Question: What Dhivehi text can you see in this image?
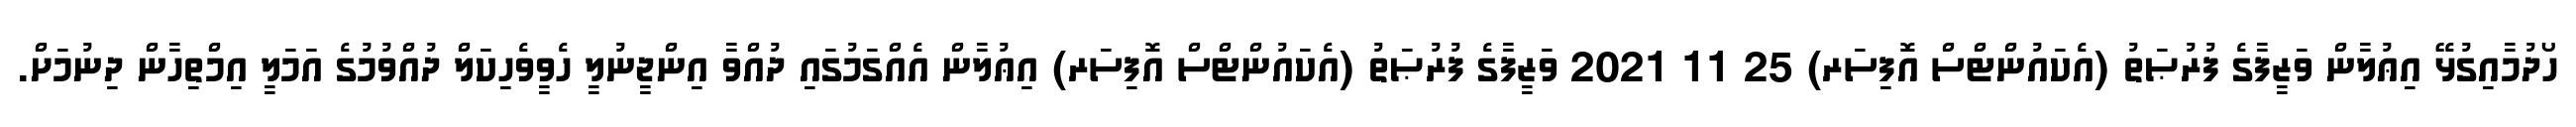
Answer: ހޯދުމާއިގުޅޭ އިޢުލާން ވަޒީފާގެ ފުރުޞަތު (އެކައުންޓްސް އޮފިސަރ) 25 11 2021 ވަޒީފާގެ ފުރުޞަތު (އެކައުންޓްސް އޮފިސަރ) އިޢުލާން އެއްގަމުގައި ދުއްވާ އިންޖީނުލީ ހެވީވެހިކަލް ދުއްވުމުގެ އަމަލީ އިމްތިހާން ދިނުމަށް.